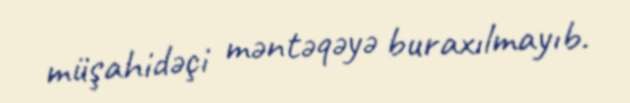
müşahidəçi məntəqəyə buraxılmayıb.